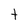
Character: t